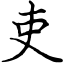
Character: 吏